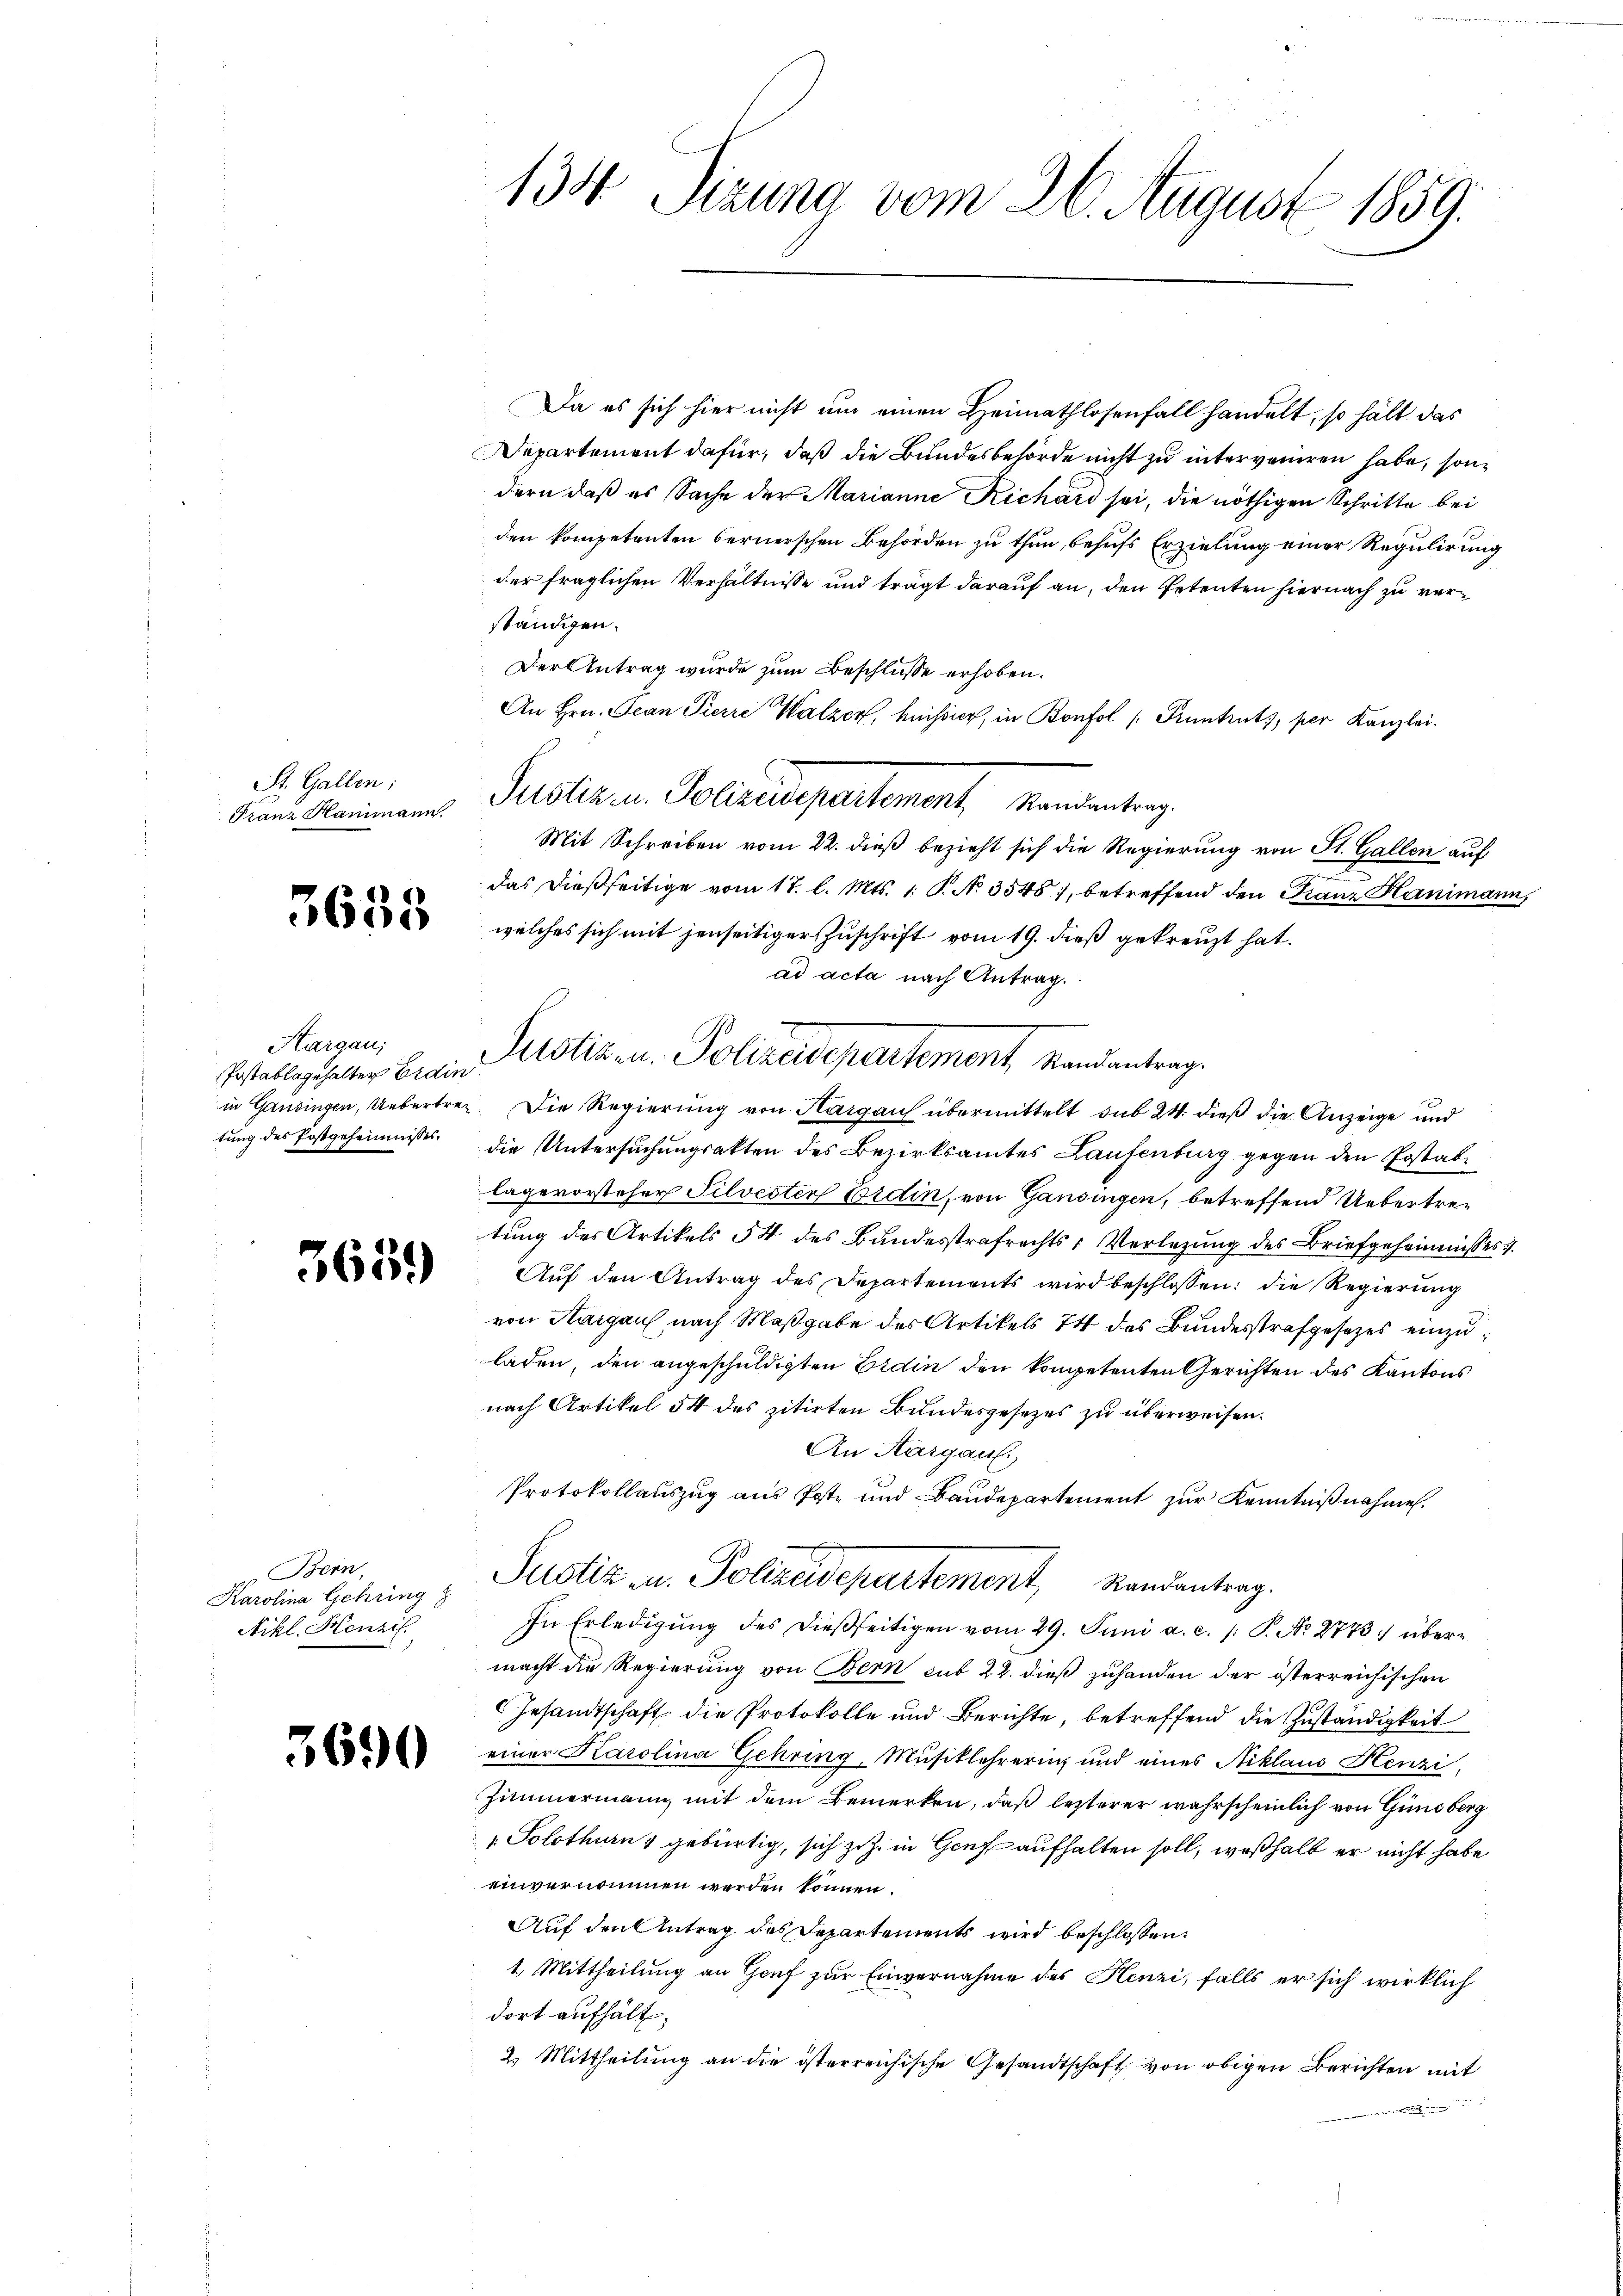
St. Gallen:
Franz Hammann.

5635

Aargau;
Postablagehalter Erdin

3659

vo Bern,
Karolina Gehring
Nikl. Henzif.

3690

Da es sich hier nicht um einen Heimathlosenfall handelt, so hält das
Departement dafür, daß die Bundesbehörde nicht zu interveniren habe, sondern daß es Sache der Marianne Richard sei, die nöthigen Schritte bei
den kompetenten bernerschen Behörden zu thun, behufs Erzielung einer Regulirung
der fraglichen Verhältnisse und trägt darauf an, den Petenten hiernach zu verständigen.
Der Antrag wurde zum Beschlusse erhoben.
An Hrn. Jean Pierre Walzen, heissig, in Bonfol /: Pruntruts, per Kanzlei.
Puolieren Volricupertement, Manderteng
Mit Schreiben vom 22. dieß bezieht sich die Regierung von St. Gallen auf
das dießseitige vom 17. l. Mts. 1. P. N. 3548), betreffend den Franz Hanimann,
welches sich mit jenseitiger Zuschrift vom 19. dieß gekreuzt hat.
ad acta nach Antrag.
in Gansingen, Uebertret. Die Regierung von Hargau übermittelt sub 24. dieß die Anzeige und
tung des Postgeheimnisses die Untersuchungsakten des Bezirksamtes Laufenburg gegen den Postablagevorsteher Filvester Erden, von Gandingen, betreffend Uebertretung des Artikels 54 des Bundesstrafrechts-Verlegung des Briefgeheimnisses
Auf den Antrag des Departements wird beschlossen: die Regierung
von Aargau, nach Maßgabe des Artikels 74 des Bundesstrafgesetzes einzuladen, den angeschuldigten Eidin den kompetenten Gerichten des Kantons
nach Artikel 54 des zitirten Bundesgesezes zu überweisen.
An Aargauf.
Protokollauszug aus Poste und Baudepartement zur Kenntnißnahme.
Justiz u. Polizeidepartement, Randantrag.
In Erledigŭng des dießseitigen vom 29. Juni a. c. 1 S. No 2773 übermacht die Regierung von Bern sub 22. dieß zuhanden der österreichischen
Gesandtschaft die Protokolle und Berichte, betreffend die Zuständigkeit
einer Karolina Gehring, Musiklehrerin, und eines Niklaus Henzi,
Zimmermann, mit dem Bemerken, daß lezterer wahrscheinlich von Ginsberg
„ Solothurn, gebürtig, sich zu. in Genf aufhalten soll, weßhalb er nicht habe
einvernommen werden können.
Auf den Antrag des Departements wird beschlossen:
1. Mittheilung an Genf zur Einvernahme des Henzi, falls er sich wirklich
dort aufhält,
2. Mittheilung an die österreichische Gesandtschaft von obigen Berichten mit

134 Sizung vom 26. August 1859.

Justiz u. Polizeidepartement Landantrag.